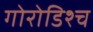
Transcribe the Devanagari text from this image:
गोरोडिश्च